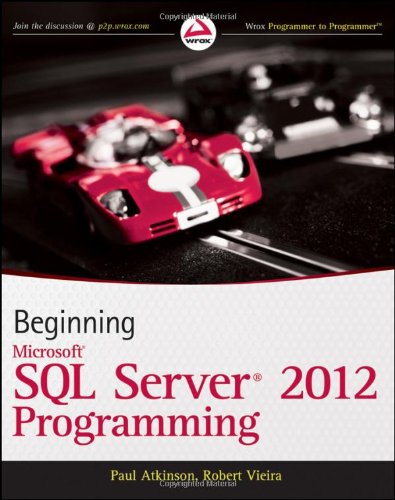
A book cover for Beginning Microsoft SQL Server 2012 Programming; Paul Atkinson; Computers & Technology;